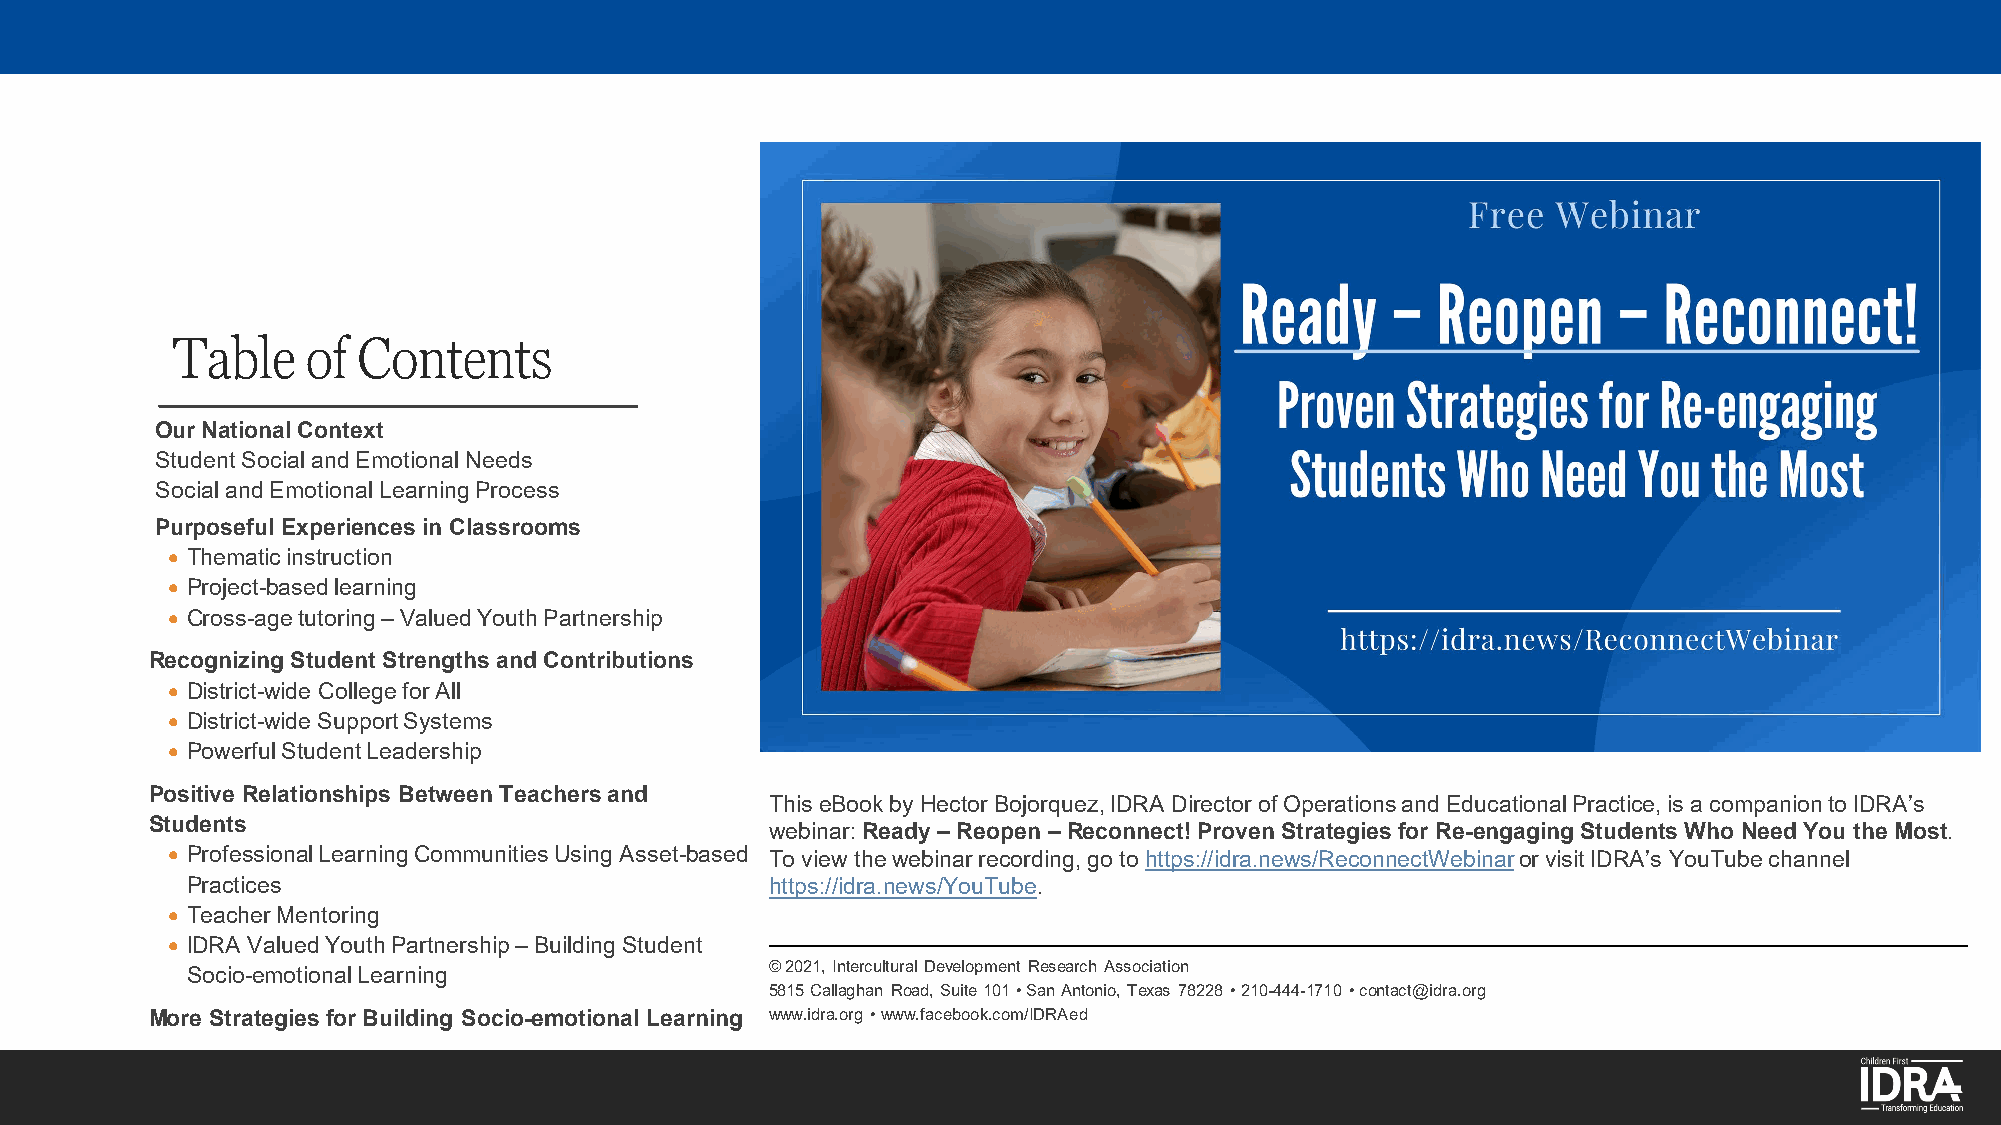
Table    of  Contents
 Our National Context
 Student Social and Emotional Needs
 Social and Emotional Learning Process
 Purposeful Experiences in Classrooms
 • Thematic instruction
 • Project-based learning
 • Cross-age tutoring –Valued Youth Partnership
 Recognizing Student Strengths and Contributions
 • District-wide College for All
 • District-wide Support Systems
 • Powerful Student Leadership
 Positive Relationships Between Teachers and
 This eBook by Hector Bojorquez, IDRA Director of Operations and Educational Practice, is a companion to IDRA’s
 Students                                 webinar: Ready –Reopen –Reconnect! Proven Strategies for Re-engaging Students Who Need You the Most.
 • Professional Learning Communities Using Asset-based To view the webinar recording, go to https://idra.news/ReconnectWebinaror visit IDRA’s YouTube channel
 Practices                              https://idra.news/YouTube.
 • Teacher Mentoring
 • IDRA Valued Youth Partnership –Building Student
 © 2021, Intercultural Development Research Association
 Socio-emotional Learning
 5815 Callaghan Road, Suite 101 • San Antonio, Texas 78228 • 210-444-1710 • contact@idra.org
 More Strategies for Building Socio-emotional Learning www.idra.org • www.facebook.com/IDRAed